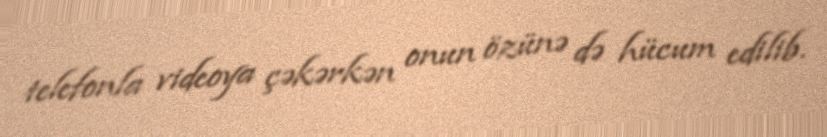
telefonla videoya çəkərkən onun özünə də hücum edilib.